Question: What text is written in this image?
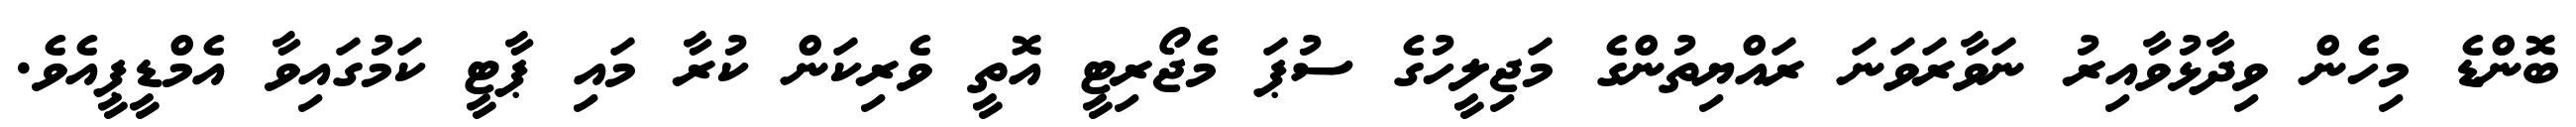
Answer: ބޮންޑެ މިހެން ވިދާޅުވާއިރު ނަވާރަވަނަ ރައްޔިތުންގެ މަޖިލީހުގެ ސުޕަ މެޖޯރިޓީ އޮތީ ވެރިކަން ކުރާ މައި ޕާޓީ ކަމުގައިވާ އެމްޑީޕީއެވެ.